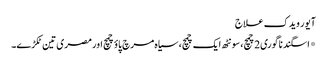
آیور ویدک علاج
*اسگند ناگوری2چمچ، سونٹھ ایک چمچ، سیاہ مرچ پاؤ چمچ اور مصری تین ٹکڑے۔